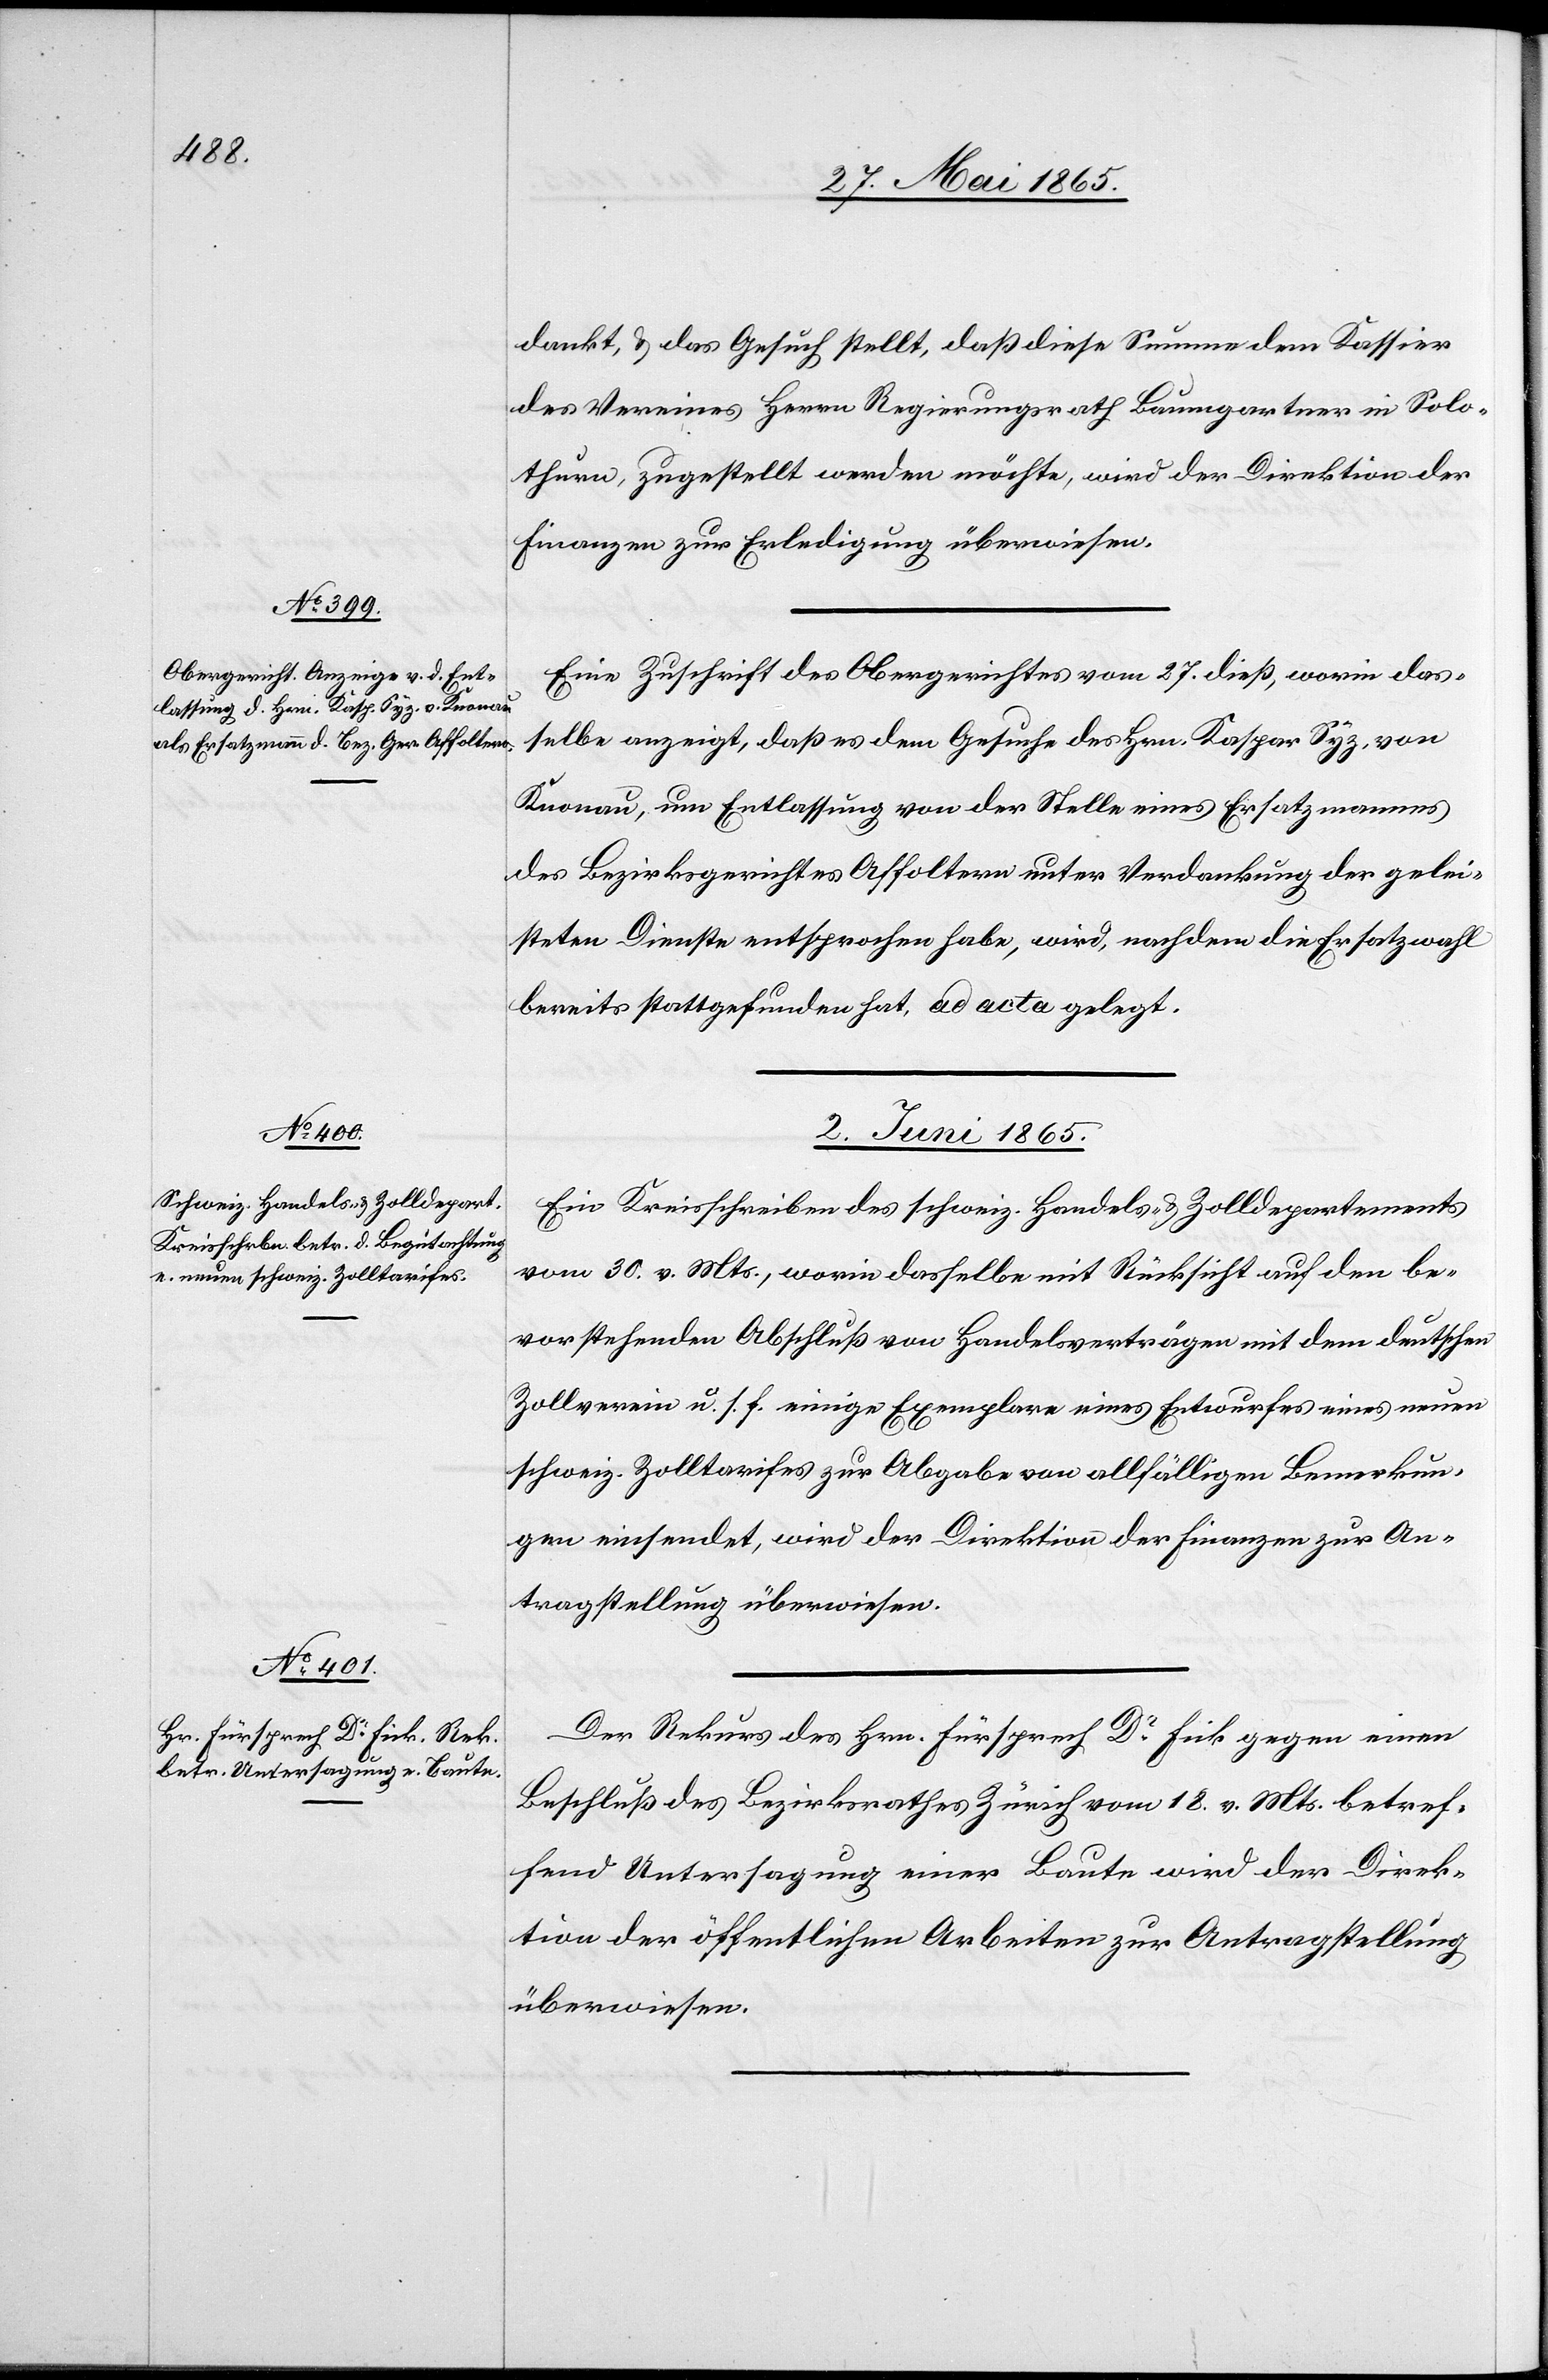
dankt, & das Gesuch stellt, das diese Summe dem Kassier
des Vereines Herrn Regierungsrath Baumgartner in Solo¬
thurn, zugestellt werden möchte, wird der Direktion der
Finanzen zur Erledigung überwiesen.
Eine Zuschrift des Obergerichtes vom 27. dieß, worin das¬
selbe anzeigt, das es dem Gesuche des Hrn. Kaspar Syz, von
Knonau, um Entlassung von der Stelle eines Ersatzmannes
des Bezirksgerichtes Affoltern unter Verdankung der gelei¬
steten Dienste entsprochen habe, wird, nachdem die Ersatzwahl
bereits stattgefunden hat, ad acta gelegt.
2. Juni 1865.]
Ein Kreisschreiben des schweiz. Handels- & Zolldepartements
vom 30. v. Mts., worin dasselbe mit Rücksicht auf den be¬
vorstehenden Abschluß von Handelsverträgen mit dem deutschen
Zollverein u. s. f. einige Exemplare eines Entwurfes eines neuen
schweiz. Zolltarifes zur Abgabe von allfälligen Bemerkun¬
gen einsendet, wird der Direktion der Finanzen zur An¬
tragstellung überwiesen.
Der Rekurs des Hrn. Fürsprech Dr Fick gegen einen
Beschluß des Bezirksrathes Zürich vom 18. v. Mts. betref¬
fend Untersagung einer Baute wird der Direk¬
tion der öffentlichen Arbeiten zur Antragstellung
überwiesen.